Indian journal of veterinary science and animal husbandry - Volume 8,
Year: 1938
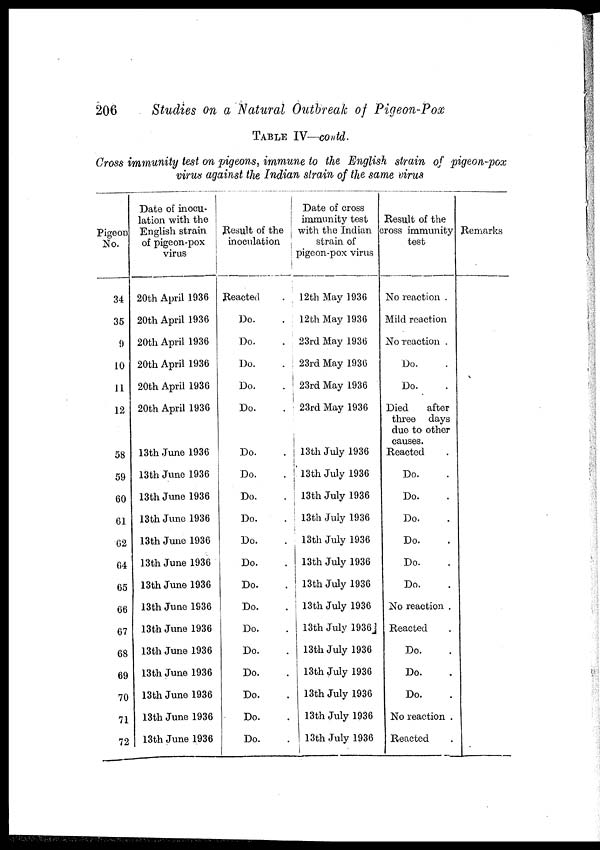
206
Studies on a Natural Outbreak of Pigeon-Pox
TABLE IV—contd.
Cross immunity test on pigeons, immune to the English strain of pigeon-pox
virus against the Indian strain of the same virus
Pigeon
No.
34
35
9
10
11
12
58
59
60
61
62
64
65
66
67
68
69
70
71
72
Date of inocu-
lation with the
English strain
of pigeon-pox
virus
20th April 1936
20th April 1936
20th April 1936
20th April 1936
20th April 1936
20th April 1936
13th June 1936
13th June 1936
13th June 1936
13th June 1936
13th June 1936
13th June 1936
13th June 1936
13th June 1936
13th June 1936
13th June 1936
13th June 1936
13th June 1936
13th June 1936
13th June 1936
Result of the
inoculation
Reacted
Do.
Do.
Do.
Do.
.
Do.
.
Do.
.
Do.
.
Do.
.
Do.
.
Do. .
Do.
.
Do.
.
Do.
.
Do. .
Do. .
Do. .
Do. .
Do. .
Do. .
Date of cross
immunity test
with the Indian
strain of
pigeon-pox virus
12th May 1936
12th May 1936
23rd May 1936
23rd May 1936
23rd May 1936
23rd May 1936
13th July 1936
13th July 1936
13th July 1936
13th July 1936
13th July 1936
13th July 1936
13th July 1936
13th July 1936
13th July 1936
13th July 1936
13th July 1936
13th July 1936
13th July 1936
13th July 1936
Result of the
cross immunity
test
No reaction .
Mild reaction
No reaction .
Do. .
Do. .
Died
after
three days
due to other
causes.
Reacted
Do. .
Do. .
Do. .
Do. .
Do. .
Do. .
No reaction .
Reacted .
Do. .
Do. .
Do. .
No reaction .
Reacted .
Remarks